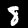
Digit: 8